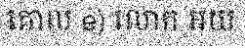
គោល e) លោក អយ